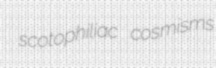
scotophiliac cosmisms